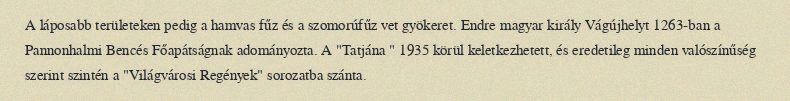
A láposabb területeken pedig a hamvas fűz és a szomorúfűz vet gyökeret. Endre magyar király Vágújhelyt 1263-ban a Pannonhalmi Bencés Főapátságnak adományozta. A "Tatjána " 1935 körül keletkezhetett, és eredetileg minden valószínűség szerint szintén a "Világvárosi Regények" sorozatba szánta.